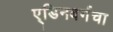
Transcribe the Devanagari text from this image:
ए्डिनबर्गचा